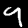
Digit: 9